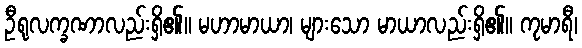
ဦရုလက္ခဏာလည်းရှိ၏။ မဟာမာယာ၊ များသော မာယာလည်းရှိ၏။ ကုမာရီ၊